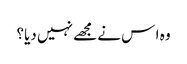
وہ ا س نے مجھے نہیں دیا؟